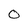
Character: 0